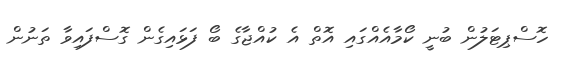
ހޮސްޕިޓަލުން ބުނީ ކޯމާއެއްގައި އޮތް އެ ކުއްޖާގެ ބޯ ފަޅައިގެން ގޮސްފައިވާ ތަނުން